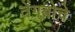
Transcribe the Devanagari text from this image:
तेंगबोचे